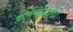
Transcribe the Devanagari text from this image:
कर्मसंन्यासी